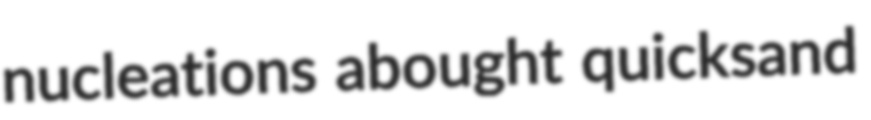
nucleations abought quicksand